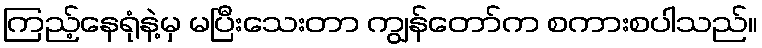
ကြည့်နေရုံနဲ့မှ မပြီးသေးတာ ကျွန်တော်က စကားစပါသည်။